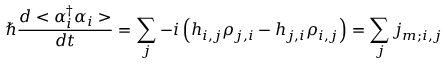
{ \hslash } \frac { d < { \alpha } _ { i } ^ { { \dagger } } { \alpha } _ { i } > } { d t } = \sum _ { j } { - i \left( h _ { i , j } { \rho } _ { j , i } - h _ { j , i } { \rho } _ { i , j } \right) } = \sum _ { j } { j _ { m ; i , j } }